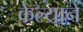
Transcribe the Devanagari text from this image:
केल्यानें